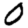
Digit: 0